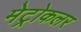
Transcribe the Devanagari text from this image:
मेट्रोकलर